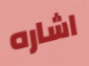
اشاره